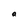
Character: a